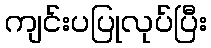
ကျင်းပပြုလုပ်ပြီး